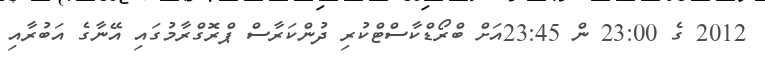
2012 ގެ 23:00 ން 23:45އަށް ބްރޯޑްކާސްޓްކުރި ދުންކަރާސް ޕްރޮގްރާމުގައި އޭނާގެ އަބުރާއި